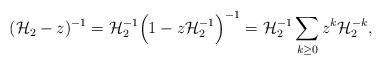
LaTeX: \begin{align*}(\mathcal{H}_{2} - z)^{-1} = \mathcal{H}_{2}^{-1} \Big( 1 - z\mathcal{H}_{2}^{-1} \Big)^{-1} = \mathcal{H}_{2}^{-1} \displaystyle\sum_{k \geq 0} z^{k} \mathcal{H}_{2}^{-k},\end{align*}